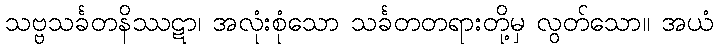
သဗ္ဗသင်္ခတနိဿဋာ၊ အလုံးစုံသော သင်္ခတတရားတို့မှ လွတ်သော။ အယံ